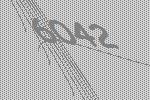
6042